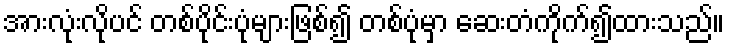
အားလုံးလိုပင် တစ်ပိုင်းပုံများဖြစ်၍ တစ်ပုံမှာ ဆေးတံကိုက်၍ထားသည်။